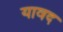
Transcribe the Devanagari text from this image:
यावद